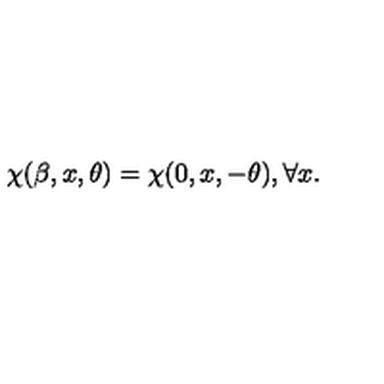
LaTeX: \chi ( \beta , x , \theta ) = \chi ( 0 , x , - \theta ) , \forall x .